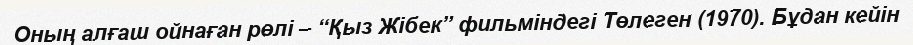
Оның алғаш ойнаған рөлі – “Қыз Жібек” фильміндегі Төлеген (1970). Бұдан кейін